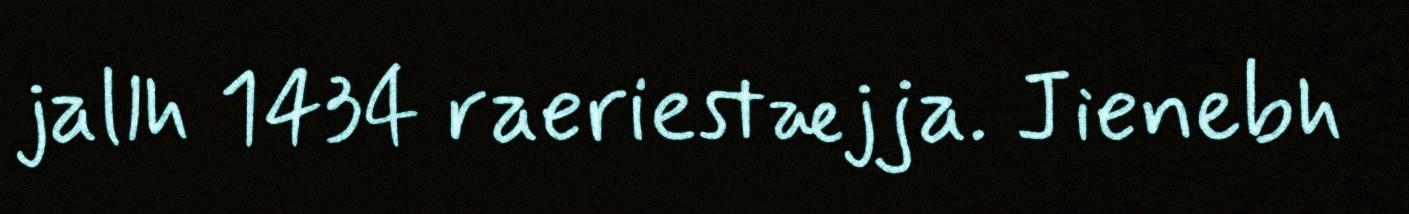
jallh 1434 raeriestæjja. Jienebh